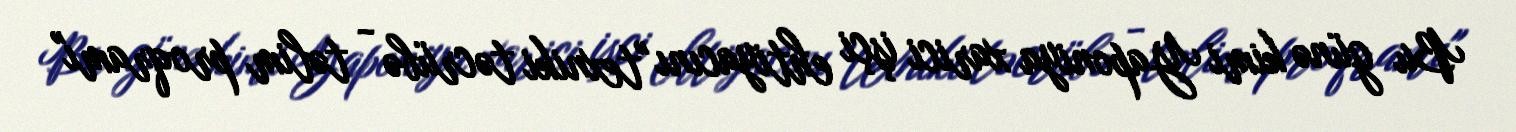
Bu günə kimi Yaponiya xarici işçi ehtiyacını "texniki təcrübə - təlim proqramı"